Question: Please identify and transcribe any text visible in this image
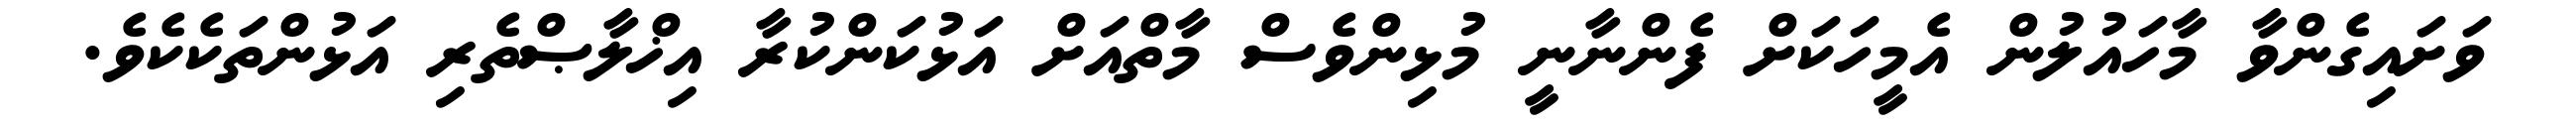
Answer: ވަށައިގެންވާ މާހައުލުން އެމީހަކަށް ފެންނާނީ މުޅިންވެސް މާތްއަށް އަޅުކަންކުރާ އިޚްލާޞްތެރި އަޅުންތަކެކެވެ.